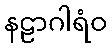
နဠာဂါရံဝ